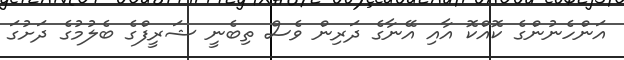
އަންހެނުންގެ ކޮއްކޮ އާއި އޭނާގެ ދަރިން ވެސް ތިބެނީ ޝަރީފްގެ ބެލުމުގެ ދަށުގަ